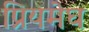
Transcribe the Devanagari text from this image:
प्रियमेघ